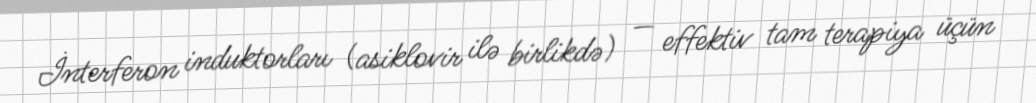
İnterferon induktorları (asiklovir ilə birlikdə) — effektiv tam terapiya üçün